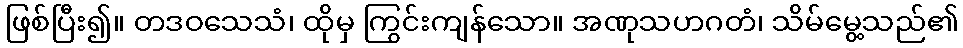
ဖြစ်ပြီး၍။ တဒဝသေသံ၊ ထိုမှ ကြွင်းကျန်သော။ အဏုသဟဂတံ၊ သိမ်မွေ့သည်၏